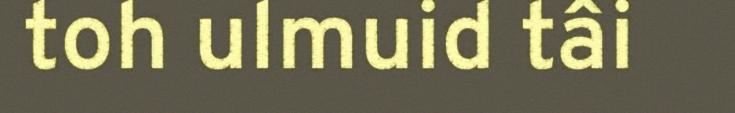
toh ulmuid tâi